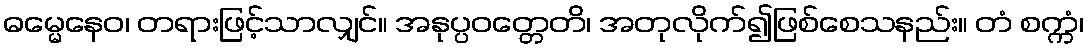
ဓမ္မေနေဝ၊ တရားဖြင့်သာလျှင်။ အနုပ္ပဝတ္တေတိ၊ အတုလိုက်၍ဖြစ်စေသနည်း။ တံ စက္ကံ၊